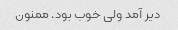
دیر آمد ولی خوب بود. ممنون